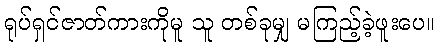
ရုပ်ရှင်ဇာတ်ကားကိုမူ သူ တစ်ခုမျှ မကြည့်ခဲ့ဖူးပေ။